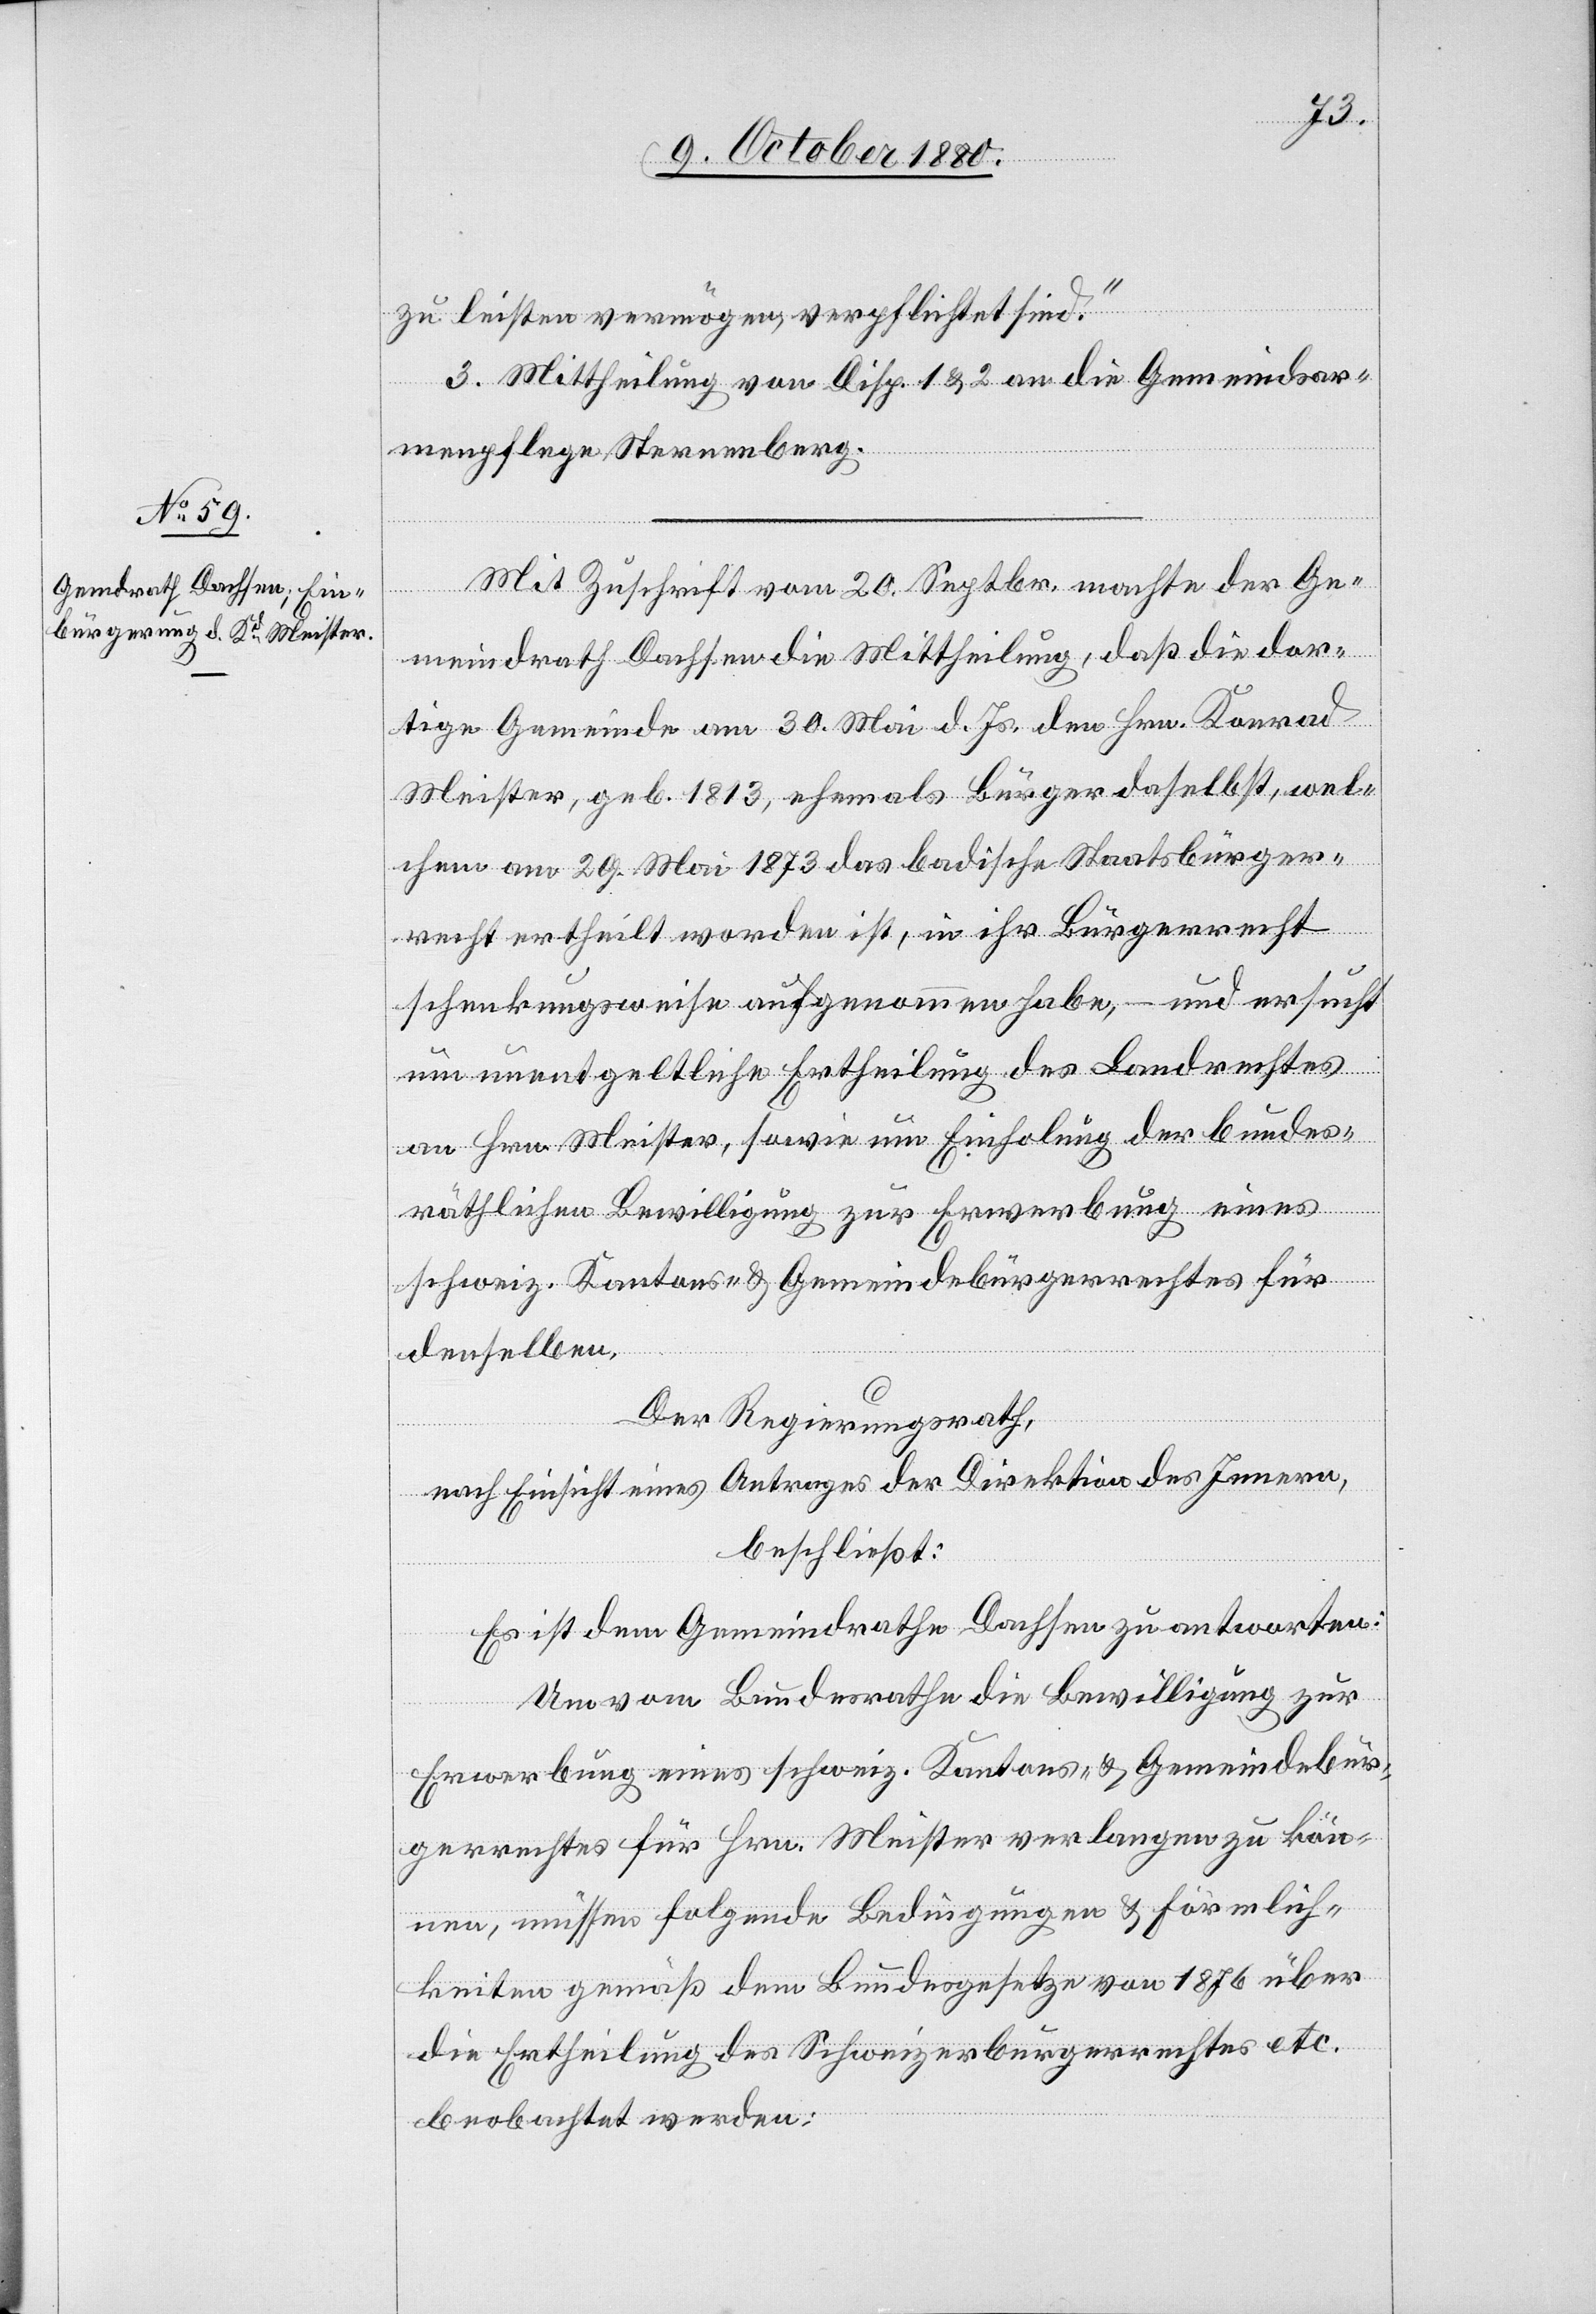
zu leisten vermögen, verpflichtet sind.“
3. Mittheilung von Disp. 1 & 2 an die Gemeindsar¬
menpflege Sternenberg.
Mit Zuschrift vom 20. Septbr. machte der Ge¬
meindrath Dachsen die Mittheilung, daß die dor¬
tige Gemeinde am 30. Mai d. Js. den Hrn. Konrad
Meister, geb. 1813, ehemals Bürger daselbst, wel¬
chem am 29. Mai 1873 das badische Staatsbürger¬
recht ertheilt worden ist, in ihr Bürgerrecht
schenkungsweise aufgenommen habe, – und ersucht
um unentgeltliche Ertheilung des Landrechtes
an Hrn. Meister, sowie um Einholung der bundes¬
räthlichen Bewilligung zur Ererbung eines
schweiz. Kantons- & Gemeindebürgerrechtes für
denselben.
Der Regierungsrath,
nach Einsicht eines Antrages der Direktion des Innern,
beschließt:
Es ist dem Gemeindrathe Dachsen zu antworten:
Um vom Bundesrathe die Bewilligung zur
Erwerbung eines schweiz. Kantons- & Gemeindebür¬
gerrechtes für Hrn. Meister verlangen zu kön¬
nen, müssen folgende Bedingungen & Förmlich¬
keiten gemäß dem Bundesgesetze von 1876 über
die Ertheilung des Schweizerbürgerrechtes etc.
beobachtet werden: